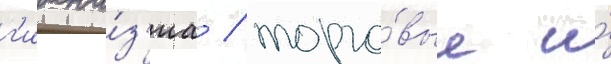
г'имна́з'иа / торго́вые и́